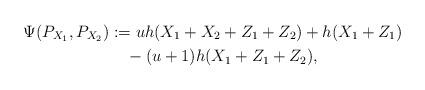
LaTeX: \begin{align*}\Psi(P_{X_1},P_{X_2})&:=uh(X_1+X_2+Z_1+Z_2)+h(X_1+Z_1)\\&\quad-(u+1)h(X_1+Z_1+Z_2),\end{align*}